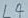
Text: L4